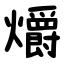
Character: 爝